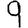
Digit: 9